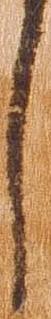
し